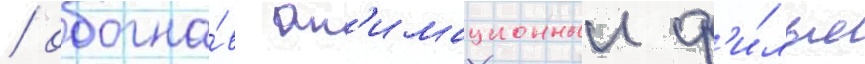
/ обогна́в ан'имационныи ф'и́льм